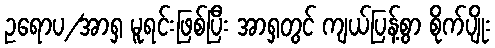
ဥရောပ/အာရှ မူရင်းဖြစ်ပြီး အာရှတွင် ကျယ်ပြန့်စွာ စိုက်ပျိုး